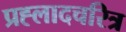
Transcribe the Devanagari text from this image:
प्रह्लादचरित्र